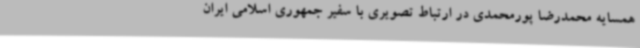
همسایه محمدرضا پورمحمدی در ارتباط تصویری با سفیر جمهوری اسلامی ایران